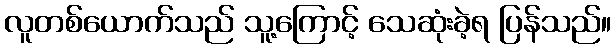
လူတစ်ယောက်သည် သူ့ကြောင့် သေဆုံးခဲ့ရ ပြန်သည်။